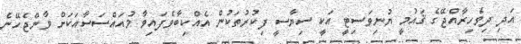
އަދި ދިވެހިރާއްޖޭގެ ޤައުމީ ޔުނިވަސިޓީ އަކީ ސިޔާސީ ފިކުރުތަކުން އެއްކިބާވެފައިވާ މުއައްސަސާއަކަށް ވާންޖެހޭނެ